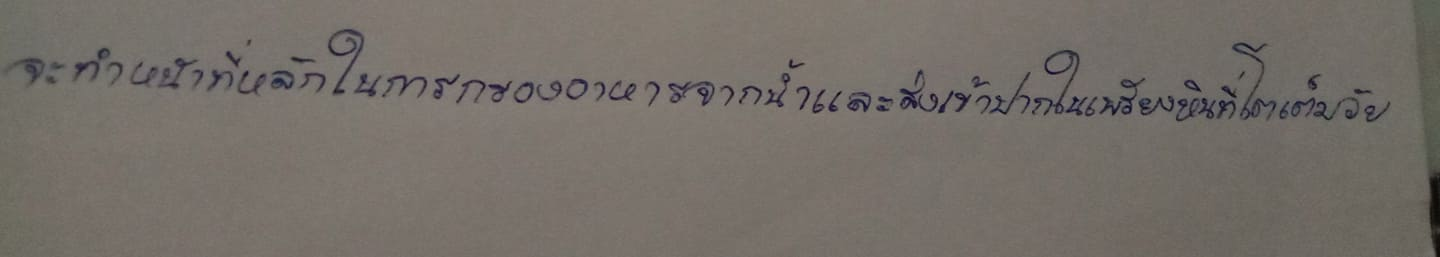
จะทำหน้าที่หลักในการกรองอาหารจากน้ำและส่งเข้าปากในเพรียงหินที่โตเต็มวัย